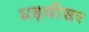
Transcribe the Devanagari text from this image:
घड़सीसर